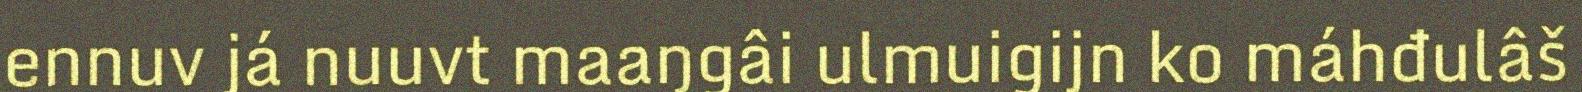
ennuv já nuuvt maaŋgâi ulmuigijn ko máhđulâš